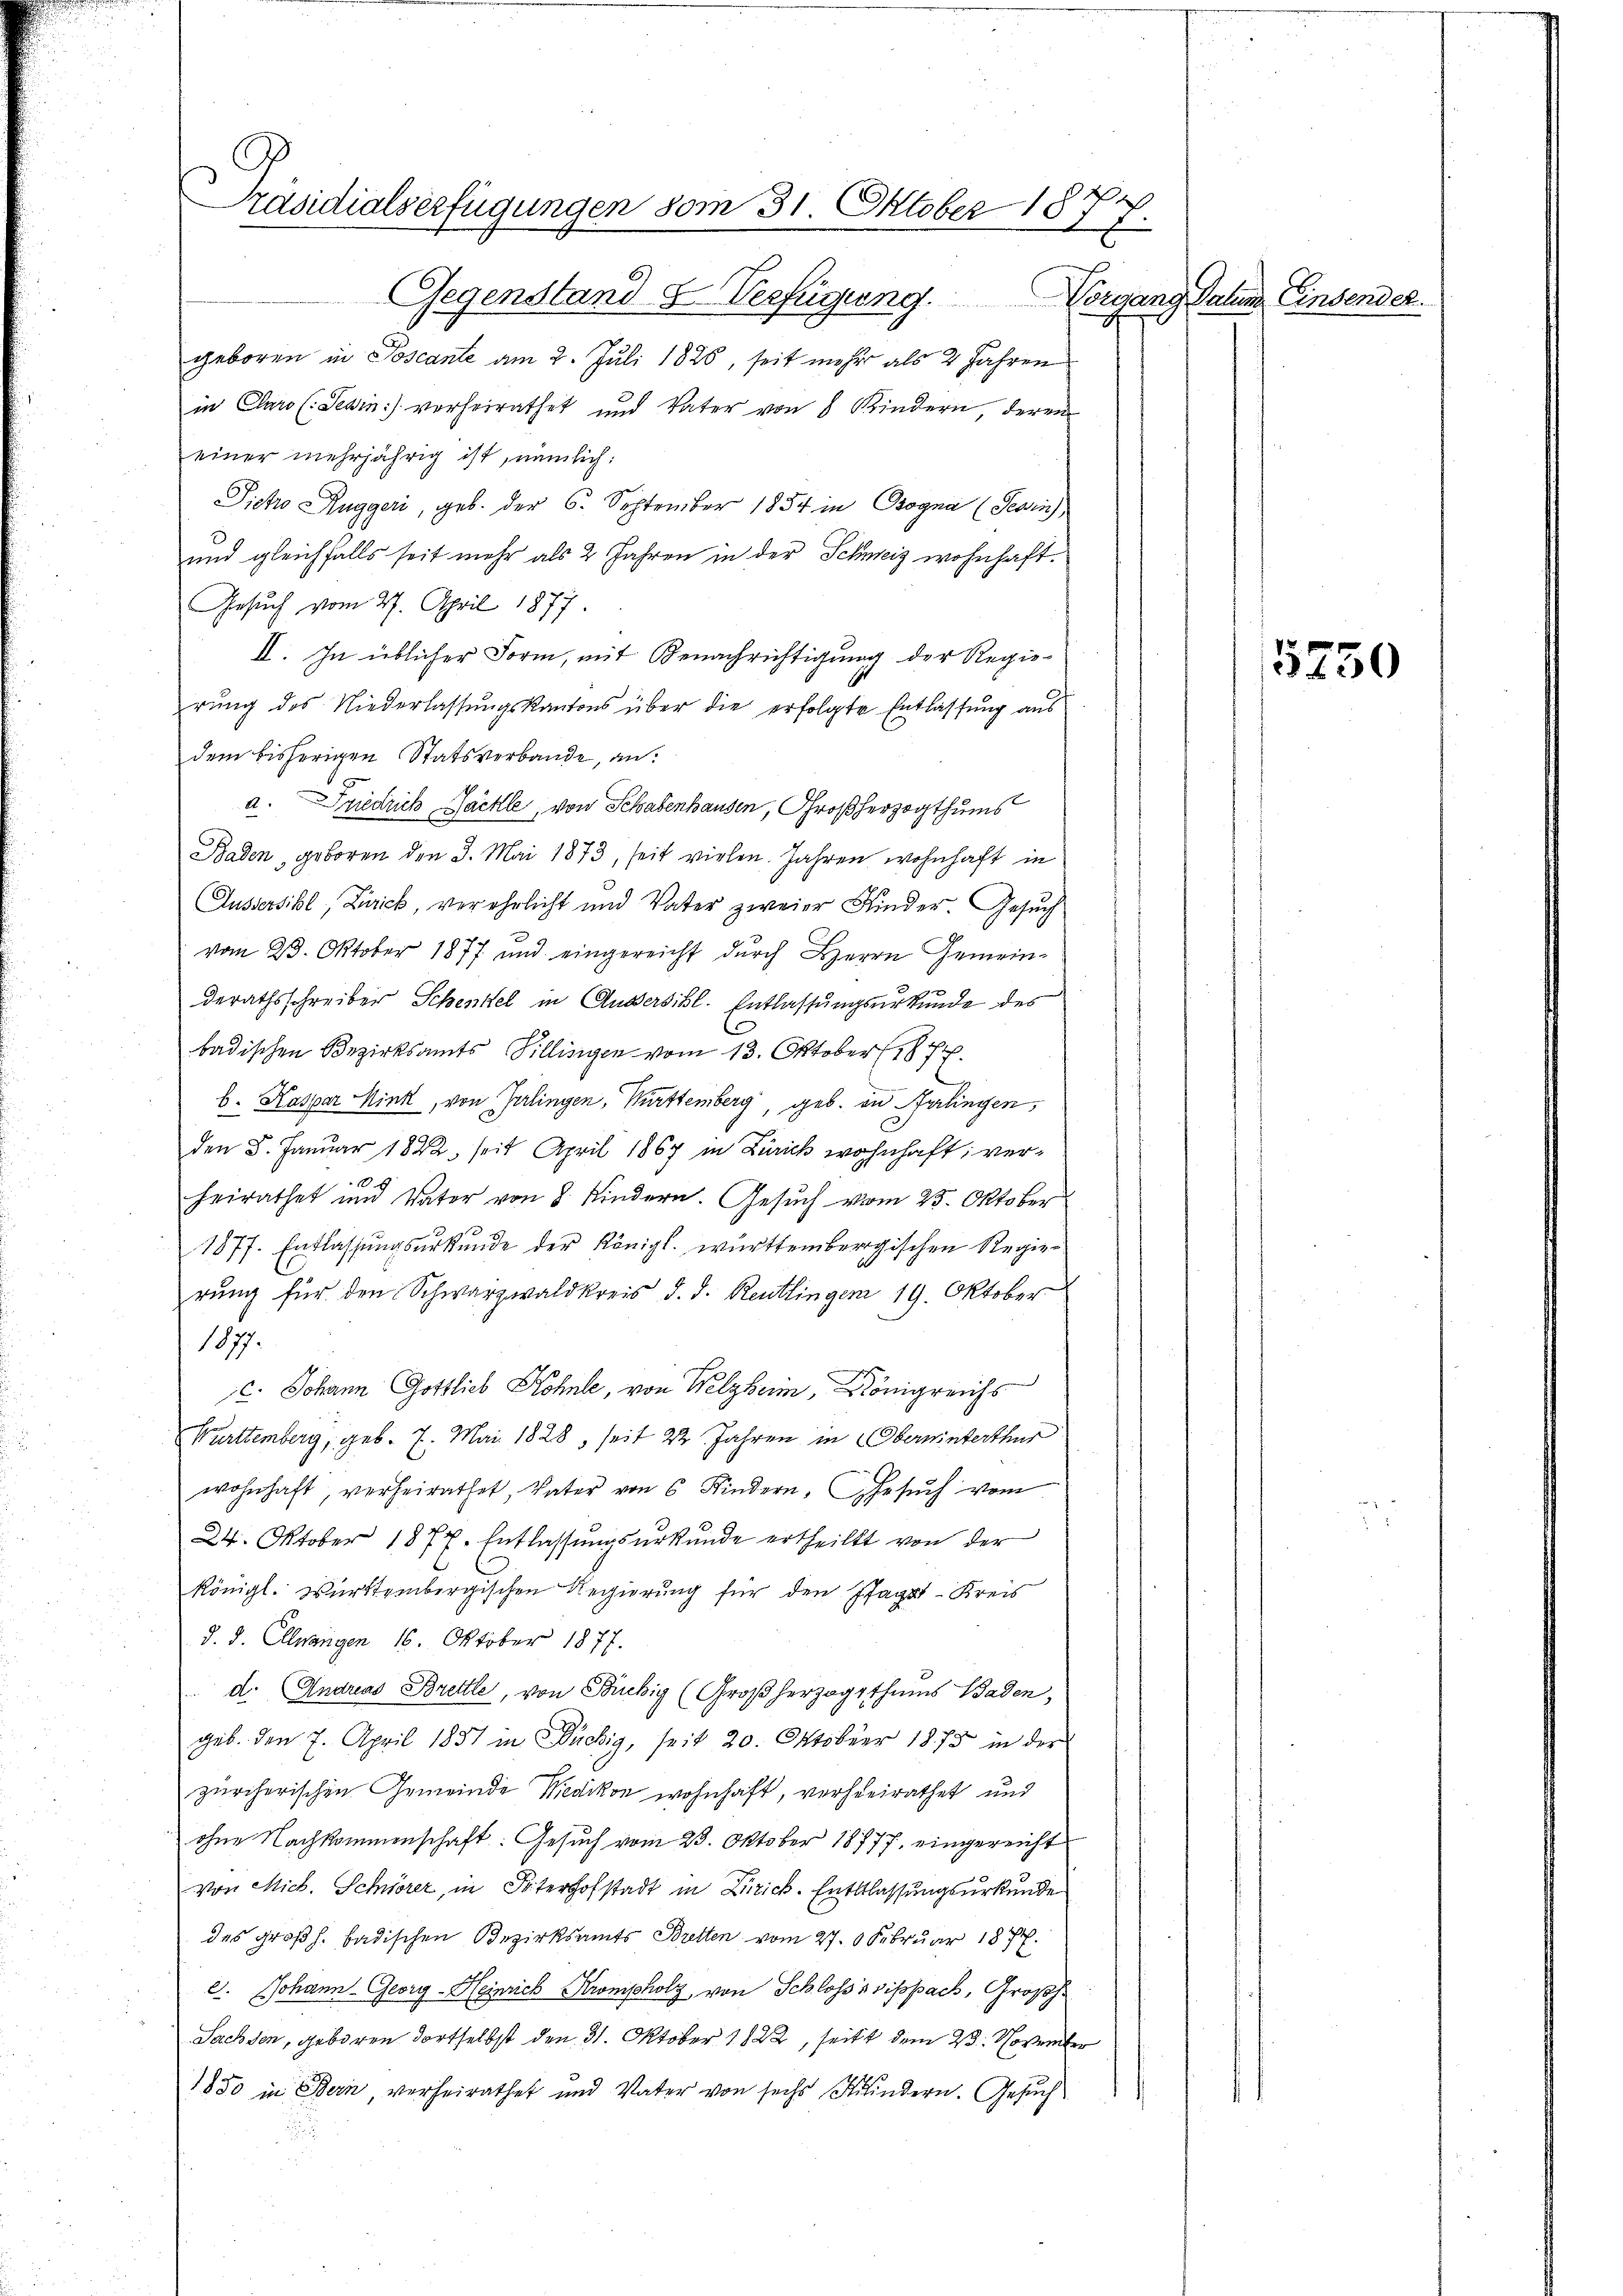
Präsidialserfügungen vom 31. Oktober 1877.
Gegenstand & Verfügung. Vorgang Salem Einsendet.

geboren in Poscante am 2. Juli 1826, seit mehr als 2 Jahren
in Claro (: Sein verheirathet und Vater von 8 Kindern, deren
einer mehrjährig ist, nämlich:
Sicho Ruggeri, geb. der 6. September 1854 in Bogna (Tegri
und gleichfalls seit mehr als 2 Jahren in der Schweiz wohnhaft.
Gesuch vom 27. April 1877.
II. In üblicher Form, mit Benachrichtigung der Regierŭng des Niederlassŭngskantons über die erfolgte Entlassŭng aus
dem bisherigen Statsverbande, an:
a. Friedrich Säckle, von Schabenhausen, Großherzogthums
Baden, geboren den 3. Mai 1873, seit vielen. Jahren wohnhaft in
Aussersihl, Zürich, verehrlicht und Vater zweier Kinder. Gesuch
2
vom 23. Oktober 1877 und eingereicht durch Herrn Gemeinderathsschreiber Schenkel in Außersihl. Entlassungsurkunde des
badischen Bezirksamts Villingen vom 13. Oktober 187.
b. Kaspar Mink, von Gelingen, Württemberg, geb. in Berlingen,
den 8. Januar 1822, seit April 1867 in Zürich wohnhaft; verheirathet und Vater von 8 Kindern. Gesuch vom 25. Oktober
187f. Entlassungsurkunde der Königl. württembergischen Regierung für den Schwarzwaldkreis d. d. Reutlingen 19. Oktober
1877.
c. Johann Gottlich Kohnle, von Welzheim, Königreichs
Württemberg, geb. 7. Mai 1828, seit 22 Jahren in Oberwinterthur
wohnhaft, verheirathet, Vater von 6 Kindern. Gesŭch vom
24. Oktober 1877. Entlassungsurkunde ertheilt von der
königl. Württembergischen Regierung für den Pfagat-Kreis
d. d. Ellwangen 16. Oktober 1877.
d. Andreas Brette, von Buchig (Großherzogthums Baden,
geb. den 7. April 1851 in Büchig, seit 20. Oktober 1873 in der
zürcherischen Gemeinde Medikon wohnhaft, verheirathet und
ohne Nachkommenschaft: Gesuch vom 23. Oktober 18777. eingereicht
von Mich. Schwörer, in Strost in Dirick. Entlassungsurkunde
des Großh. badischen Bezirksamts Bretten vom 27. 6. Februar 1877.
e. Johann Georg Heinrich Kronpholz von Schlossssippach, Großh.
Sachsen, geboren dortselbst den 31. Oktober 1822, seitt dem 23. November
1850 in Bern, verheirathet und Vater von sechs Kindern. Gesuch
u

5250